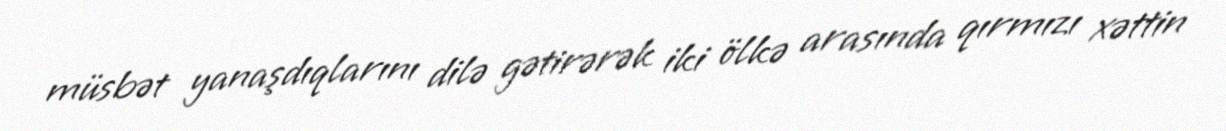
müsbət yanaşdıqlarını dilə gətirərək iki ölkə arasında qırmızı xəttin